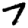
Digit: 7